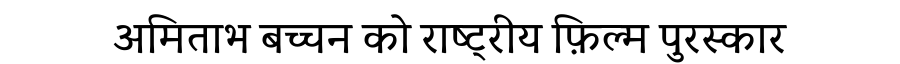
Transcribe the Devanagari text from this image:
अमिताभ बच्चन को राष्ट्रीय फ़िल्म पुरस्कार